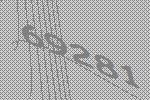
69281